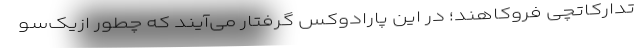
تدارکاتچی فروکاهند؛ در این پارادوکس گرفتار می‌آیند که چطور ازیک‌سو